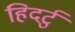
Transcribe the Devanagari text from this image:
हिदर्टु